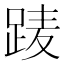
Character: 𨀱